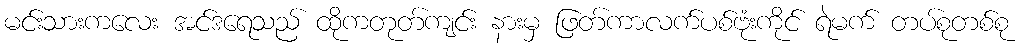
မင်းသားကလေး အင်ဒရေသည် ထိုကတုတ်ကျင်း နားမှ ဖြတ်ကာလက်ပစ်ဗုံးကိုင် ရဲမက် တပ်စုတစ်စု